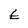
Character: E